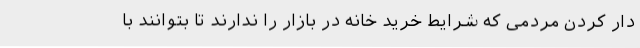
دار کردن مردمی که شرایط خرید خانه در بازار را ندارند تا بتوانند با